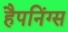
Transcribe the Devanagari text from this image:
हैपनिंग्स